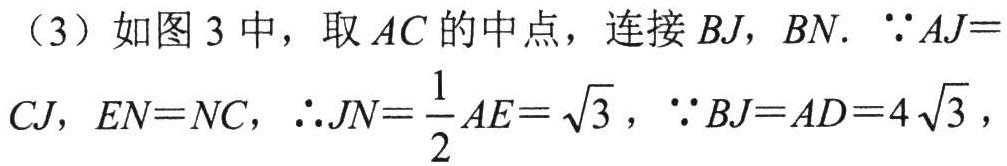
（3）如图 3 中，取 \(AC\) 的中点，连接 \(BJ\)，\(BN\). \(\because AJ = CJ\)，\(EN = NC\)，\(\therefore JN=\frac{1}{2}AE = \sqrt{3}\)，\(\because BJ = AD = 4\sqrt{3}\)，